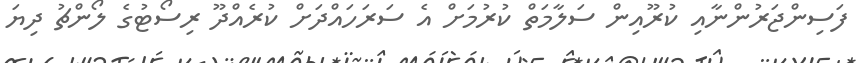
ފަސިންޖަރުންނާއި ކުރޫއިން ސަލާމަތް ކުރުމަށް އެ ސަރަހައްދަށް ކުރެއްދޫ ރިސޯޓުގެ ލޯންޗު ދިޔަ